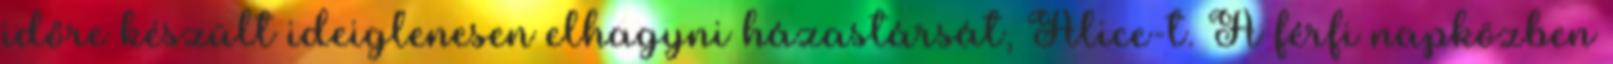
időre készült ideiglenesen elhagyni házastársát, Alice-t. A férfi napközben